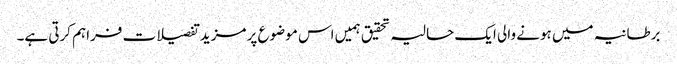
برطانیہ میں ہونے والی ایک حالیہ تحقیق ہمیں اس موضوع پر مزید تفصیلات فراہم کرتی ہے۔